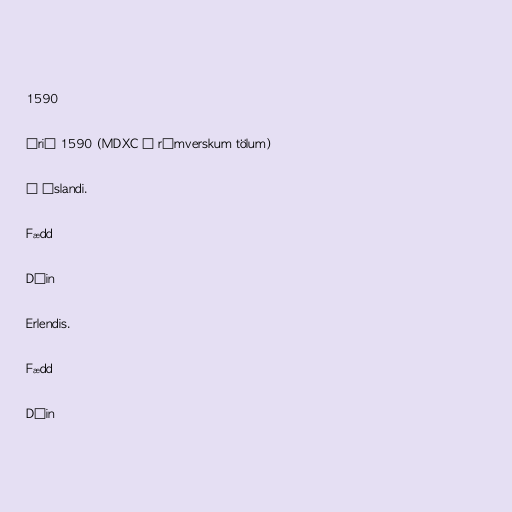
1590

Árið 1590 (MDXC í rómverskum tölum)

Á Íslandi.

Fædd

Dáin

Erlendis.

Fædd

Dáin